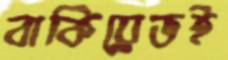
বাকিয়েভই